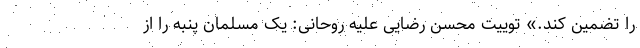
را تضمین کند.» توییت محسن رضایی علیه روحانی: یک مسلمان پنبه را از